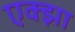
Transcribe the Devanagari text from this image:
एक्झा